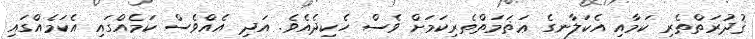
ޤުދުރަތްތެރި ކަމާއި އެކަލާނގެ ޢަޡަމަތްތެރިކަމަށް ވެސް ހެކިދެއެވެ. އަދި އެއްވެސް ކަމެއްގައި އެކަމެއްގައި